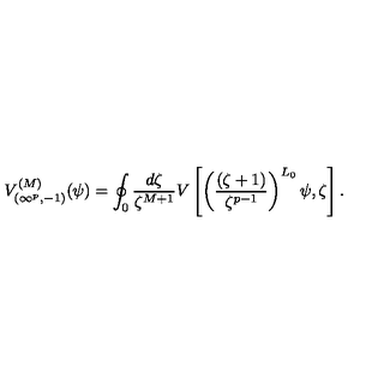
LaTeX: V _ { ( \infty ^ { p } , - 1 ) } ^ { ( M ) } ( \psi ) = \oint _ { 0 } \frac { d \zeta } { \zeta ^ { M + 1 } } V \left[ \left( \frac { ( \zeta + 1 ) } { \zeta ^ { p - 1 } } \right) ^ { L _ { 0 } } \psi , \zeta \right] .